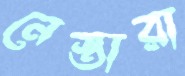
নেস্তারা